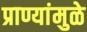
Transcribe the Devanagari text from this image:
प्राण्यांमुळे